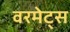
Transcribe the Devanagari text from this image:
वरमेट्स